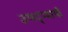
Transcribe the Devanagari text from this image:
उपद्य्वापी